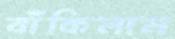
বাঁকিলাম